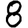
Digit: 8